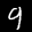
Label: 9